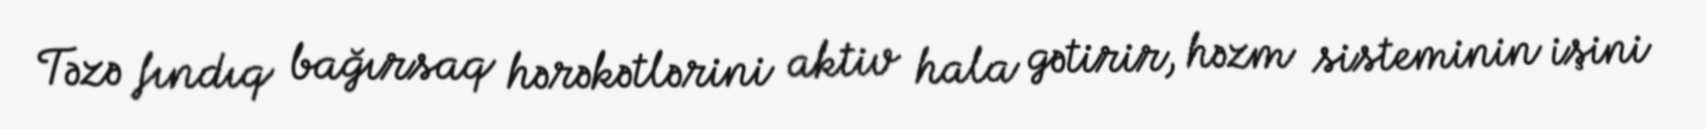
Təzə fındıq bağırsaq hərəkətlərini aktiv hala gətirir, həzm sisteminin işini